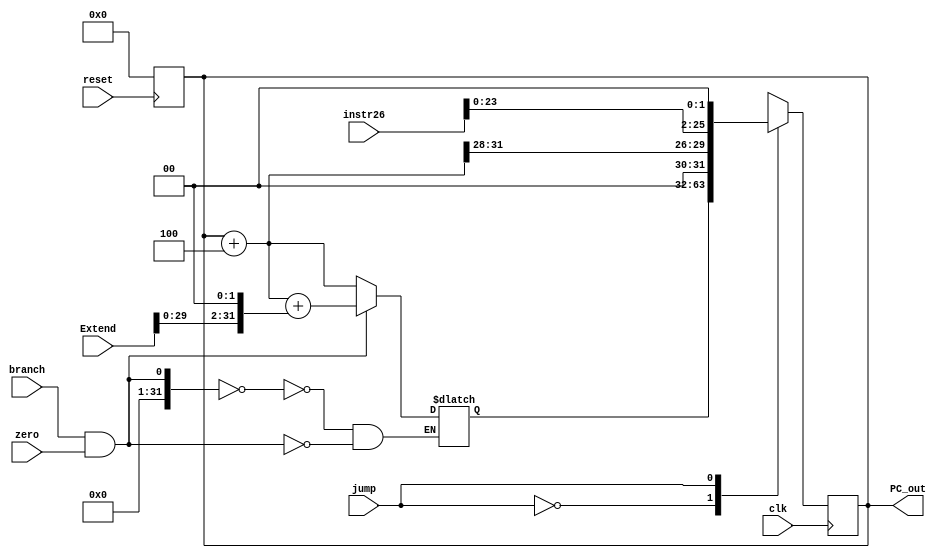
`timescale 1ns / 1ps

module Jump_mux(
//input [31:0] PC,
input [31:0] Extend,
input reset, 
input clk,
output reg [31:0] PC_out,
input branch, jump, zero,
input [25:0] instr26
);

wire [31:0] mux1sel, pcplus4;
reg [31:0] muxout, branch_result;
reg [31:0] Jump_addr;
wire [31:0] pc;

assign mux1sel = branch & zero;
assign pcplus4 = pc+4;
assign pc = PC_out;

always @(negedge reset)
begin
    if(reset == 0)
    begin 
        PC_out <= 0;
    end  
end
always @(*)
begin
    branch_result <= pcplus4 + (Extend<<2);
    Jump_addr <= {pcplus4[31:28], (instr26<<2)};
    
    case(mux1sel)
        0: muxout <= pcplus4;
        1: muxout <= branch_result;
    endcase   
end
always@(posedge clk)
begin
    case(jump)
        0: PC_out <= muxout;
        1: PC_out <= Jump_addr;
    endcase
end
endmodule